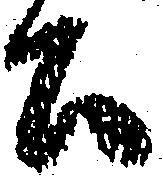
公